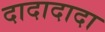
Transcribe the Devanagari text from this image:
दादादादा